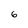
Character: 6